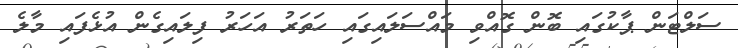
ސަލްޓަން ޕާކުގައި ބޮން ގޮއްވި މައްސަލައިގައި ހަތަރު އަހަރު ފިލައިގެން އުޅެފައި މާލެ